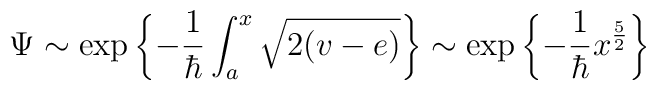
\Psi \sim \exp \left\{ - \frac{1}{\hbar}\int_{a}^{x} \sqrt{2(v - e )} \right\} \sim \exp \left\{- \frac{1}{\hbar} x^{\frac{5}{2}} \right\}